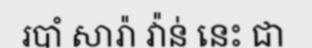
របាំ សារ៉ា វ៉ាន់ នេះ ជា